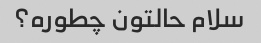
سلام حالتون چطوره؟